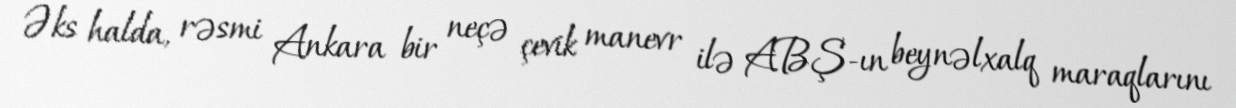
Əks halda, rəsmi Ankara bir neçə çevik manevr ilə ABŞ-ın beynəlxalq maraqlarını